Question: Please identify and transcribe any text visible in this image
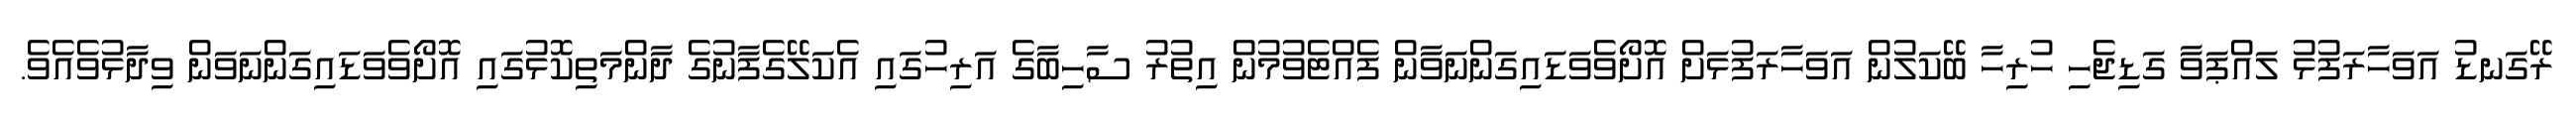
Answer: ރޭގަނޑު އަވަހާރަފުޅު ލައްޕަވާ ގަޑިޖެހި ހުރިހާ ބޭކަލުން އަވަހާރަފުޅަށް އޮށޯވެވަޑައިގަންނަވާން ފެއްޓެވުމުން އިތުރު ސާހިބާގެ އަރިހުގައި އެކަލޭގެފާނުގެ ދާންމަތިކޮޅުގައި އޮށޯވެވަޑައިގަންނަވަން ވިދާޅުވެއެވެ.